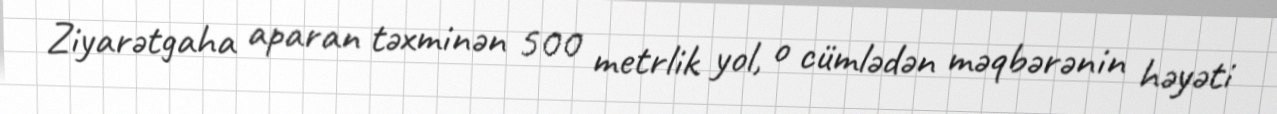
Ziyarətgaha aparan təxminən 500 metrlik yol, o cümlədən məqbərənin həyəti